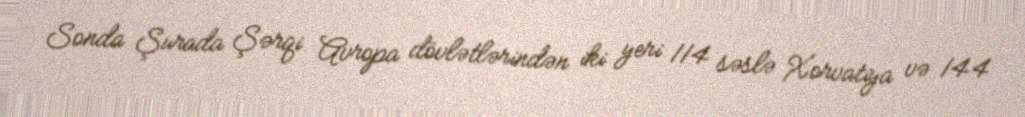
Sonda Şurada Şərqi Avropa dövlətlərindən iki yeri 114 səslə Xorvatiya və 144